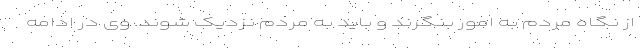
از نگاه مردم به امور بنگرند و باید به مردم نزدیک شوند. وی در ادامه